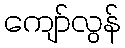
ကျော်လွန်